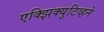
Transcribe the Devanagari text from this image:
एक्झिक्युटिव्हने